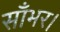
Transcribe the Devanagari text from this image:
साँभर।